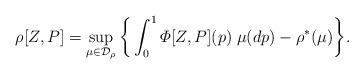
LaTeX: \begin{align*}\rho[Z,P] = \sup_{\mu\in\mathcal{D}_\rho}\bigg\{ \int_0^1 \varPhi[Z,P](p)\;\mu(dp) - \rho^*(\mu)\bigg\}.\end{align*}